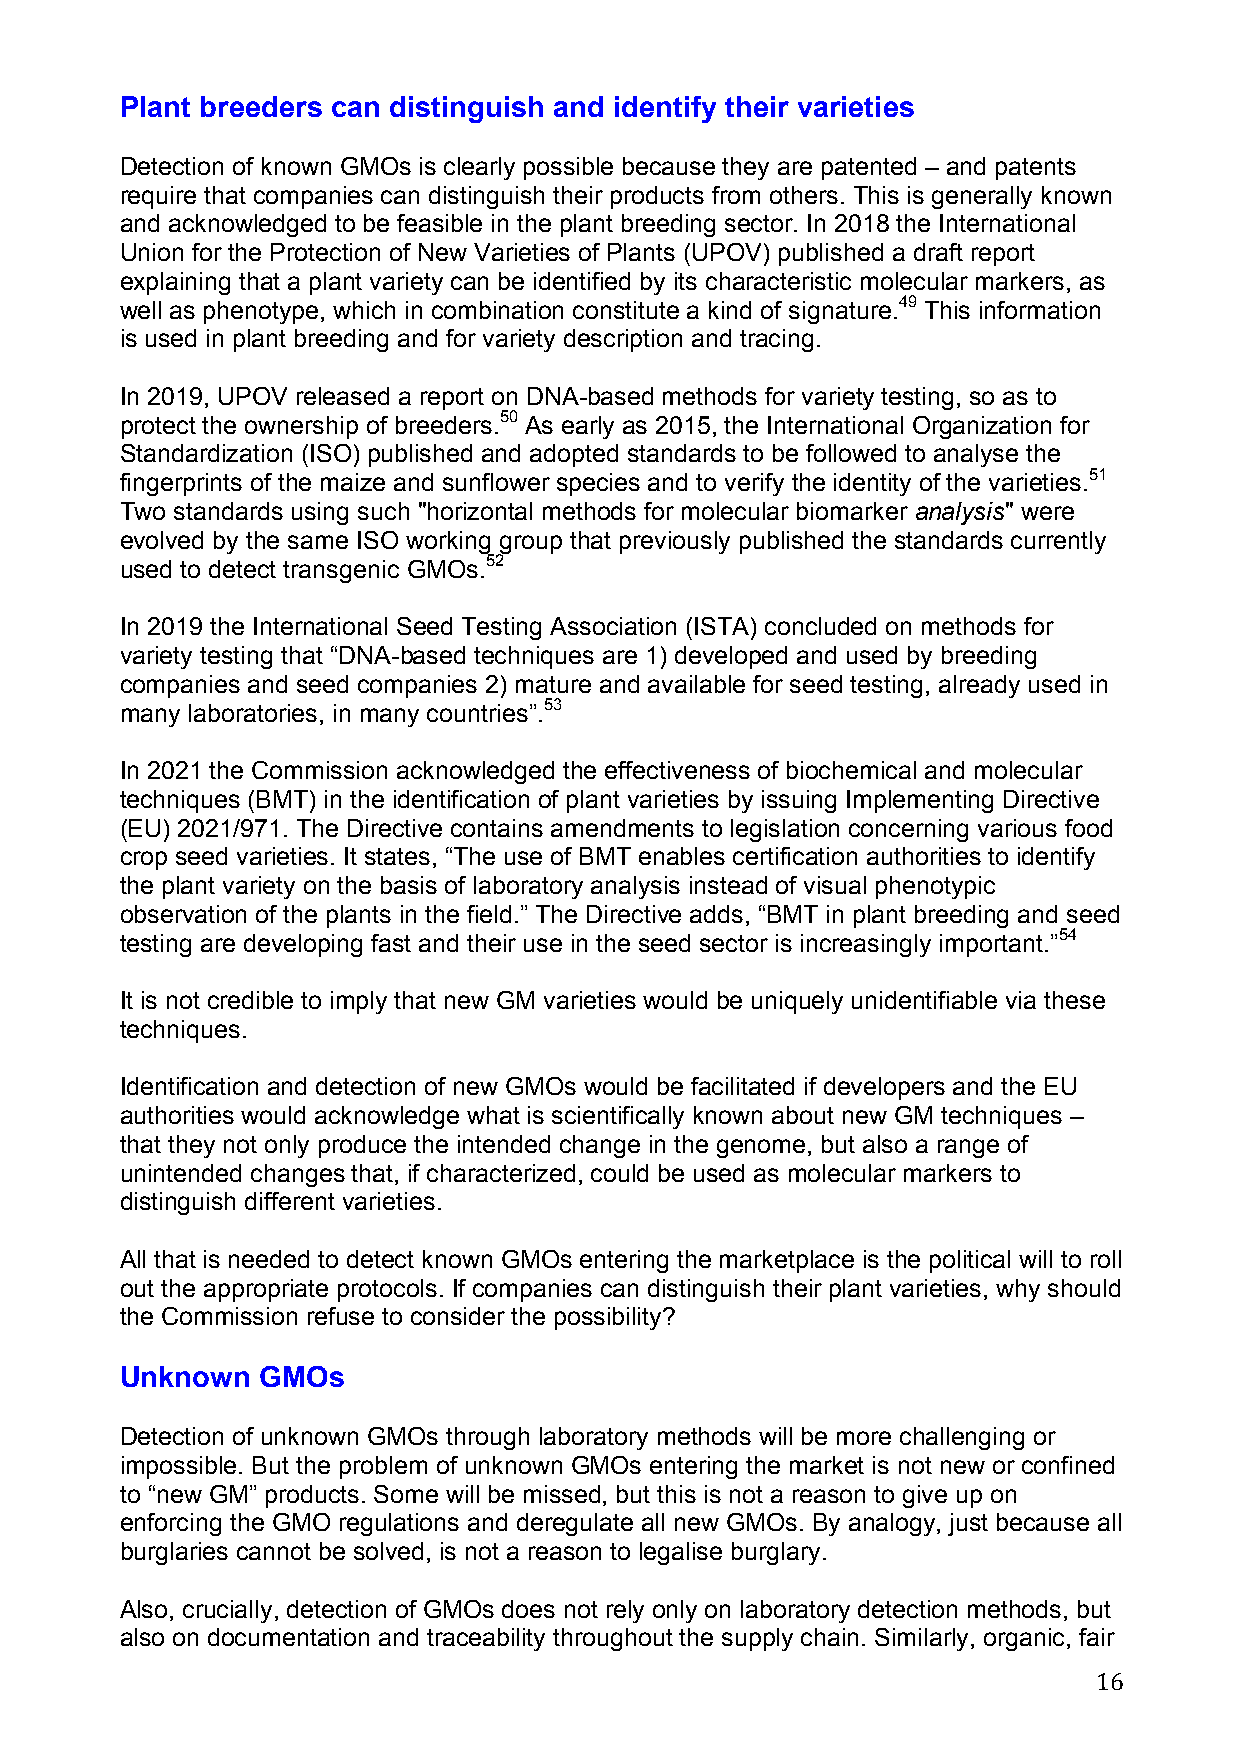
Plant breeders can distinguish and identify their varieties
 Detection of known GMOs is clearly possible because they are patented – and patents
 require that companies can distinguish their products from others. This is generally known
 and acknowledged to be feasible in the plant breeding sector. In 2018 the International
 Union for the Protection of New Varieties of Plants (UPOV) published a draft report
 explaining that a plant variety can be identified by its characteristic molecular markers, as
 well as phenotype, which in combination constitute a kind of signature.49 This information
 is used in plant breeding and for variety description and tracing.
 In 2019, UPOV released a report on DNA-based methods for variety testing, so as to
 protect the ownership of breeders.50 As early as 2015, the International Organization for
 Standardization (ISO) published and adopted standards to be followed to analyse the
 fingerprints of the maize and sunflower species and to verify the identity of the varieties.51
 Two standards using such "horizontal methods for molecular biomarker analysis" were
 evolved by the same ISO working group that previously published the standards currently
 used to detect transgenic GMOs.52
 In 2019 the International Seed Testing Association (ISTA) concluded on methods for
 variety testing that “DNA-based techniques are 1) developed and used by breeding
 companies and seed companies 2) mature and available for seed testing, already used in
 many laboratories, in many countries”.53
 In 2021 the Commission acknowledged the effectiveness of biochemical and molecular
 techniques (BMT) in the identification of plant varieties by issuing Implementing Directive
 (EU) 2021/971. The Directive contains amendments to legislation concerning various food
 crop seed varieties. It states, “The use of BMT enables certification authorities to identify
 the plant variety on the basis of laboratory analysis instead of visual phenotypic
 observation of the plants in the field.” The Directive adds, “BMT in plant breeding and seed
 testing are developing fast and their use in the seed sector is increasingly important.”54
 It is not credible to imply that new GM varieties would be uniquely unidentifiable via these
 techniques.
 Identification and detection of new GMOs would be facilitated if developers and the EU
 authorities would acknowledge what is scientifically known about new GM techniques –
 that they not only produce the intended change in the genome, but also a range of
 unintended changes that, if characterized, could be used as molecular markers to
 distinguish different varieties.
 All that is needed to detect known GMOs entering the marketplace is the political will to roll
 out the appropriate protocols. If companies can distinguish their plant varieties, why should
 the Commission refuse to consider the possibility?
 Unknown  GMOs
 Detection of unknown GMOs through laboratory methods will be more challenging or
 impossible. But the problem of unknown GMOs entering the market is not new or confined
 to “new GM” products. Some will be missed, but this is not a reason to give up on
 enforcing the GMO regulations and deregulate all new GMOs. By analogy, just because all
 burglaries cannot be solved, is not a reason to legalise burglary.
 Also, crucially, detection of GMOs does not rely only on laboratory detection methods, but
 also on documentation and traceability throughout the supply chain. Similarly, organic, fair
 16